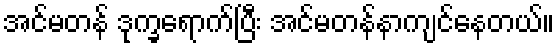
အင်မတန် ဒုက္ခရောက်ပြီး အင်မတန်နာကျင်နေတယ်။